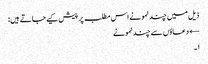
ذیل میں چند نمونے اس مطلب پر پیش کیے جاتے ہیں:
← دعاؤں سے چند نمونے
۱۔